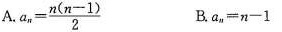
A.$$a _ { n } = \frac { n ( n - 1 ) } { 2 }$$ B.$$a _ { n } = n - 1$$